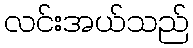
လင်းအယ်သည်